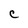
Character: C